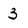
Character: 3